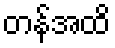
တန်အထိ